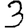
Digit: 3